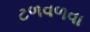
ટળવળવા